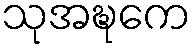
သုအဍ္ဎကေ